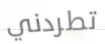
تطردني